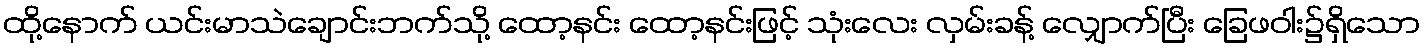
ထို့နောက် ယင်းမာသဲချောင်းဘက်သို့ ထော့နင်း ထော့နင်းဖြင့် သုံးလေး လှမ်းခန့် လျှောက်ပြီး ခြေဖဝါး၌ရှိသော